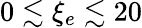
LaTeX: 0\lesssim\xi_{e}\lesssim 20